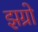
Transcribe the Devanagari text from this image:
झग्रो